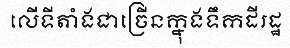
លើទីតាំងជាច្រើនក្នុងទឹកដីរដ្ឋ